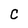
Character: C